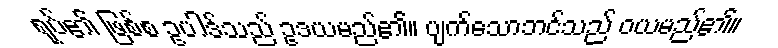
ရုပ်၏ ဖြစ်စ ဥပါဒ်သည် ဥဒယမည်၏။ ပျက်သောဘင်သည် ဝယမည်၏။